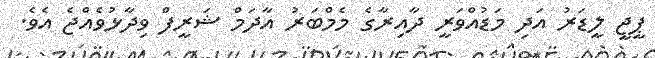
ޕީޖީ ލީޑަރު އަދި މަޑުއްވަރީ ދާއިރާގެ މެމްބަރު އާދަމް ޝަރީފް ވިދާޅުވެއްޖެ އެވެ.